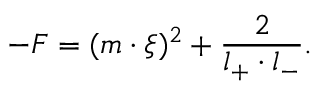
- F = ( m \cdot \xi ) ^ { 2 } + \frac { 2 } { l _ { + } \cdot l _ { - } } .